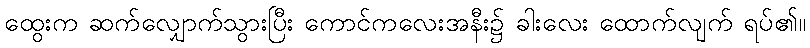
ထွေးက ဆက်လျှောက်သွားပြီး ကောင်ကလေးအနီး၌ ခါးလေး ထောက်လျက် ရပ်၏။